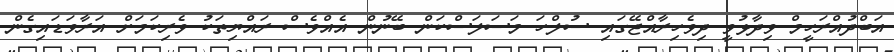
އަބްދުއްރަހީމް ވިދާޅުވީ ދިވެހިރާއްޖޭގައި ސުލްހަ މަސަލަސްކަން ބޭނުން އެއްވެސް ރައްޔިތަކު ވެރިކަމަށް އަރާވަޑައިގެން